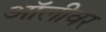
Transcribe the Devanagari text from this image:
ऑलीवर